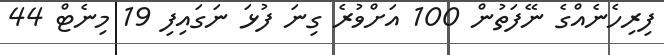
ފިރިހެނެއްގެ ނޭފަތުން 100 އަށްވުރެ ގިނަ ފުޅަ ނަގައިފި 19 މިނެޓް 44